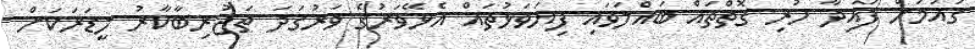
ގައުމަށް ފައިދާ ހުރި ގޮތްތައް ބައްލަވައި ފިޔަވަޅުތައް އެޅޭވަރުގެ ވަރުގަދަ ތަޖުރިބާކާރު ލީޑަރަކަށް